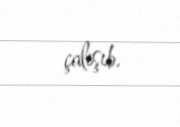
çalışıb.